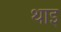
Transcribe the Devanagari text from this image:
थाइ